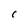
Character: c